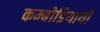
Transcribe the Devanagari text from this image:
कम्बोडियायी